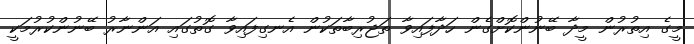
މީގެ އިތުރުން މީދާ ބޭނުންކޮށްގެން ހަދާފައިވާ ތަޖުރިބާތަކުން އެނގިފައިވާ ގޮތުގައި އަންނާރު ބޭނުންކުރުމަކީ